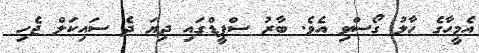
އެމީހާގެ ހާލު ގޯސްވި އެވެ. ބާރު ސްޕީޑްގައި ދިޔަ ދެ ސައިކަލް ޖެހި